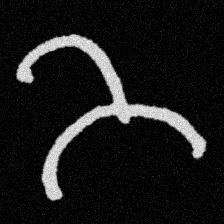
Pyu character \u2014 Myanmar letter: ဘ (romanized: bha)